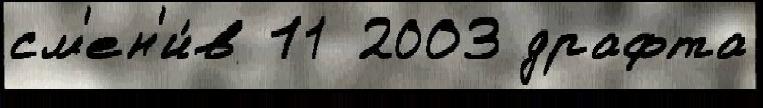
см'ен'и́в 11 2003 драфта